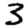
Digit: 3